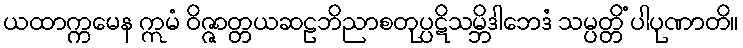
ယထာက္ကမေန ဣမံ ဝိဇ္ဇာတ္တယဆဠဘိညာစတုပ္ပဋိသမ္ဘိဒါဘေဒံ သမ္ပတ္တိံ ပါပုဏာတိ။